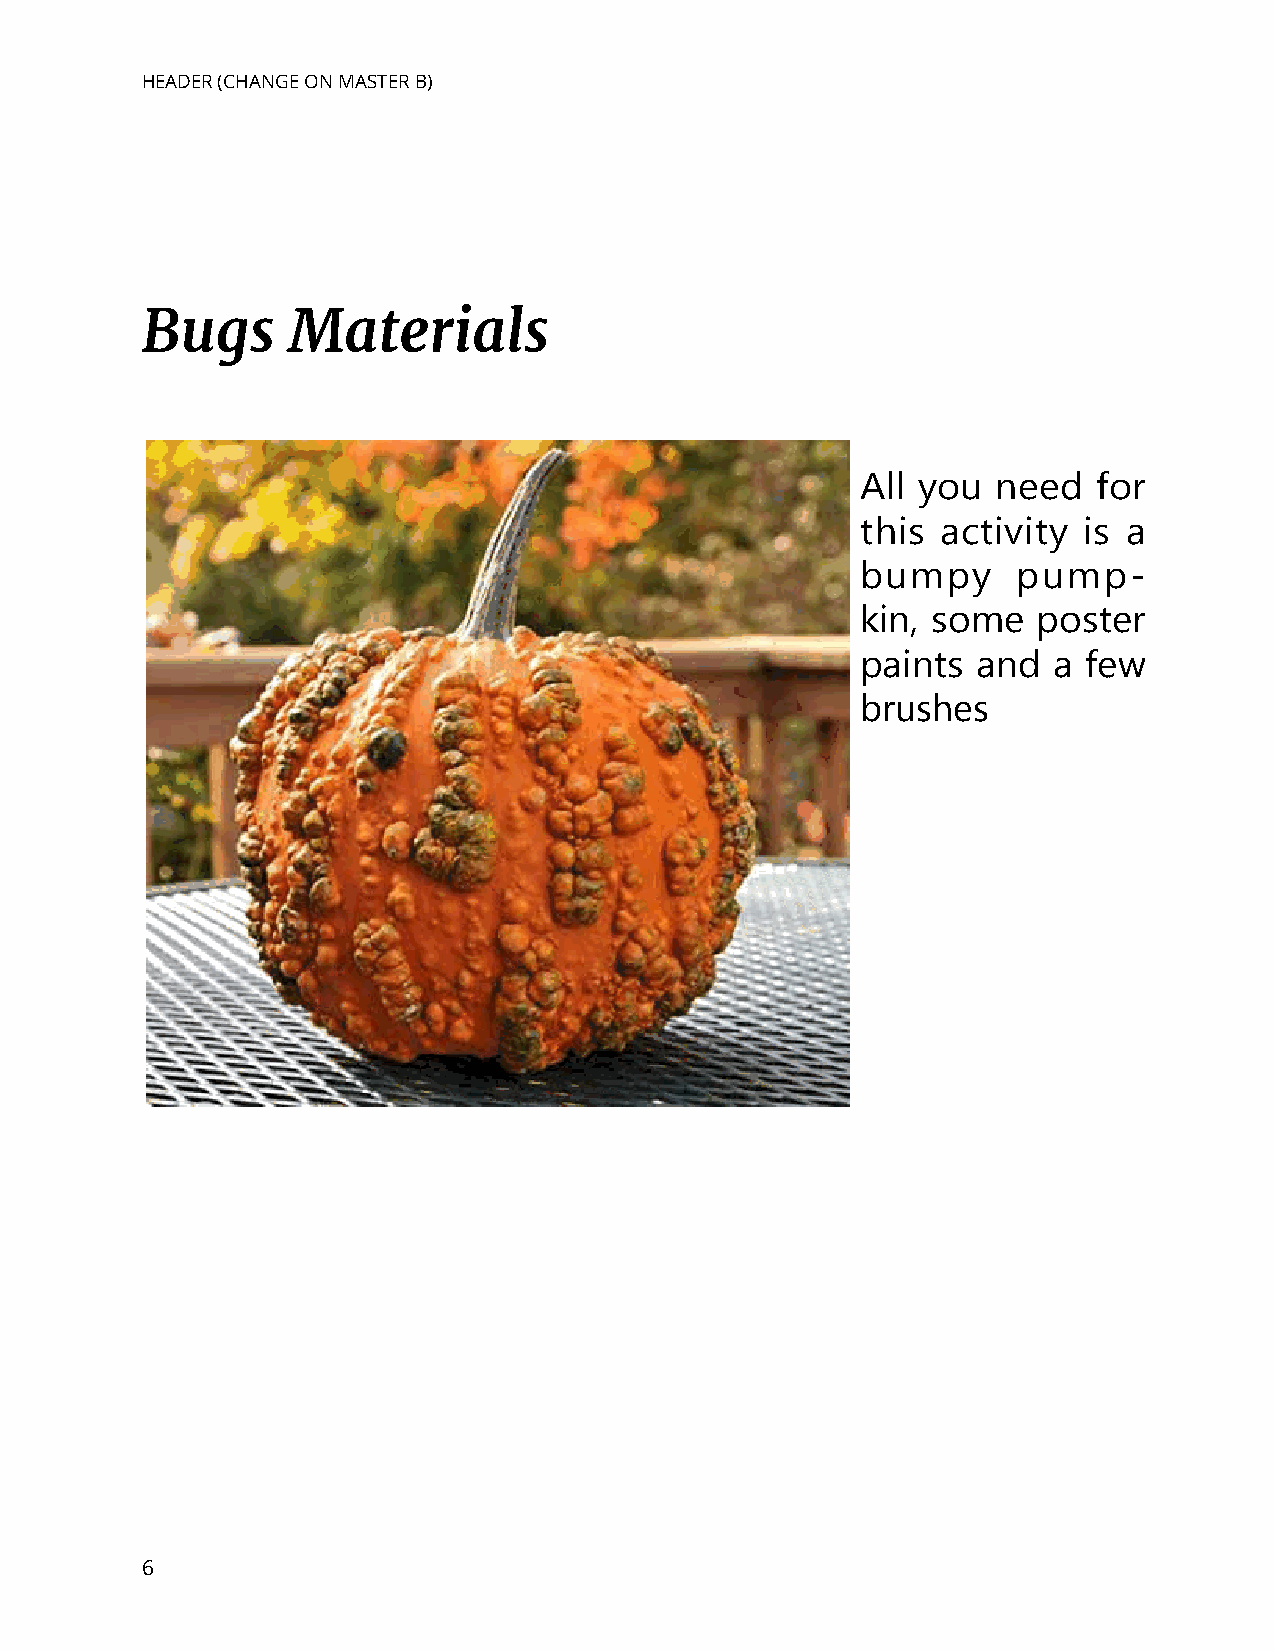
HEADER (CHANGE ON MASTER B)
 Bugs      Materials
 All you  need   for
 this activity  is a
 bumpy     pump-
 kin, some   poster
 paints  and  a few
 brushes
 6